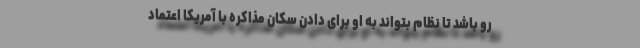
رو باشد تا نظام بتواند به او برای دادن سکان مذاکره با آمریکا اعتماد